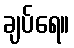
ချပ်ရေ။